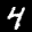
Label: 4